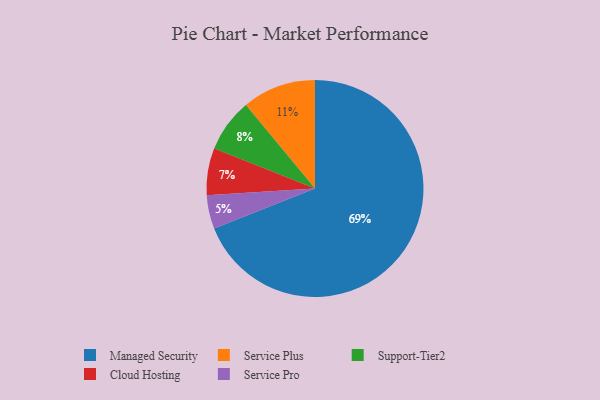
{"axis": {"x": "Category", "y": "Percentage"}, "legend": ["Cloud Hosting", "Managed Security", "Service Plus", "Service Pro", "Support-Tier2"], "data": [{"x": "Managed Security", "y": 69, "type": "Managed Security"}, {"x": "Support-Tier2", "y": 8, "type": "Support-Tier2"}, {"x": "Service Plus", "y": 11, "type": "Service Plus"}, {"x": "Service Pro", "y": 5, "type": "Service Pro"}, {"x": "Cloud Hosting", "y": 7, "type": "Cloud Hosting"}]}